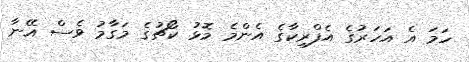
ހަމަ އެ އަހަރުގެ އެފްރިކާގެ އެންމެ މޮޅު ކޯޗުގެ މަގާމު ވެސް އޭނާ